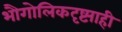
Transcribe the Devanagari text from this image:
भौगोलिकदृष्ट्याही